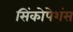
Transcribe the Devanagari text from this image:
सिंकोपेशंस